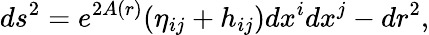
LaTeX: ds^{2}=e^{2A(r)}(\eta_{ij}+h_{ij})dx^{i}dx^{j}-dr^{2},